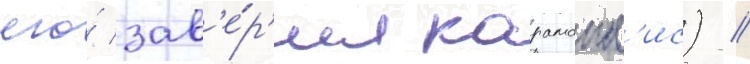
его́ зав'е́р'ил караманл'ис) //